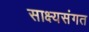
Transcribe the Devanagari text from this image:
साक्ष्यसंगत